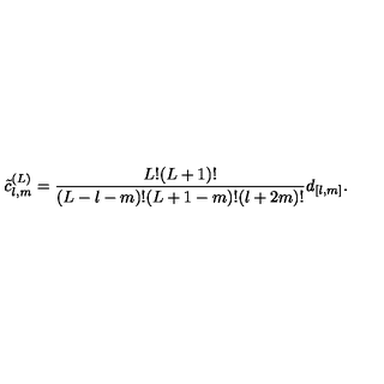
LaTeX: \tilde { c } _ { l , m } ^ { ( L ) } = \frac { L ! ( L + 1 ) ! } { ( L - l - m ) ! ( L + 1 - m ) ! ( l + 2 m ) ! } d _ { [ l , m ] } .